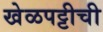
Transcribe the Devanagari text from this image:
खेळपट्टीची